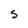
Character: S